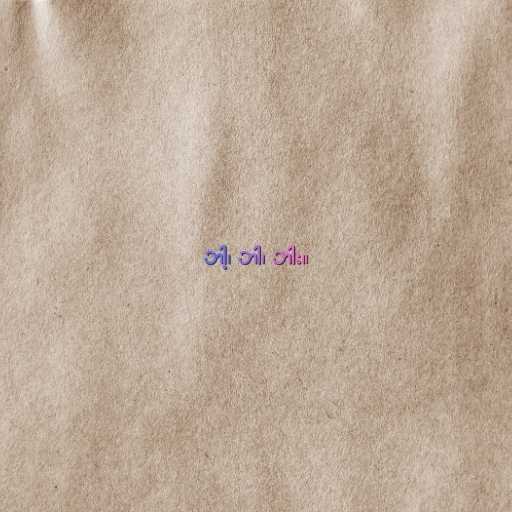
ဘါ့၊ ဘါ၊ ဘါး။